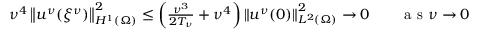
\begin{array} { r } { \nu ^ { 4 } \left\lVert u ^ { \nu } ( { \xi ^ { \nu } } ) \right\rVert _ { H ^ { 1 } ( \Omega ) } ^ { 2 } \le \left( \frac { \nu ^ { 3 } } { 2 T _ { \nu } } + \nu ^ { 4 } \right) \left\lVert u ^ { \nu } ( 0 ) \right\rVert _ { L ^ { 2 } ( \Omega ) } ^ { 2 } \to 0 \qquad \mathrm { ~ a ~ s ~ } \nu \to 0 } \end{array}